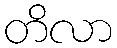
တိလာ